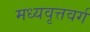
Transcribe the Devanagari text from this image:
मध्यवृत्तवर्ग